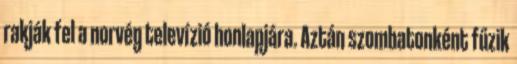
rakják fel a norvég televízió honlapjára. Aztán szombatonként fűzik